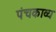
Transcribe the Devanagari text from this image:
पंचकाव्य